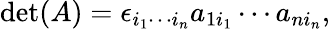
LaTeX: \operatorname*{det}(A)=\epsilon_{i_{1}\cdots i_{n}}{a}_{1i_{1}}\cdots{a}_{ni_{n}},